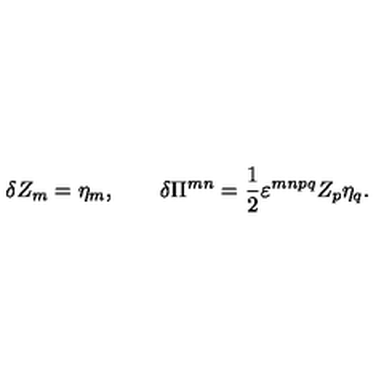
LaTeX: \delta Z _ { m } = \eta _ { m } , \qquad \delta \Pi ^ { m n } = \frac 1 2 \varepsilon ^ { m n p q } Z _ { p } \eta _ { q } .